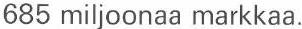
685 miljoonaa markkaa.